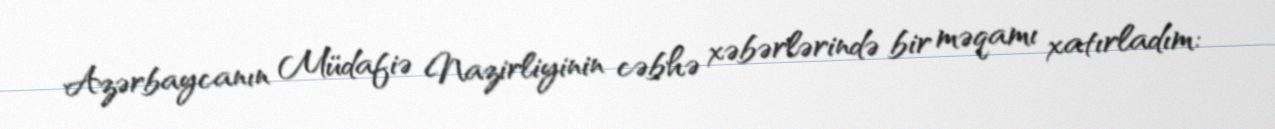
Azərbaycanın Müdafiə Nazirliyinin cəbhə xəbərlərində bir məqamı xatırladım: